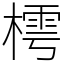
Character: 樗